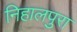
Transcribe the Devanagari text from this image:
निहालपुरा